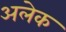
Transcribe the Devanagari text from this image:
अलेक